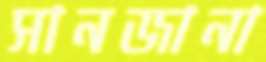
সানজানা